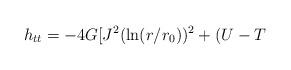
LaTeX: \begin{align*}h_{tt} =-4 G [J^2(\ln(r/r_0))^2 + (U-T\end{align*}